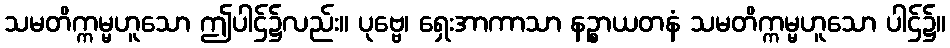
သမတိက္ကမ္မဟူသော ဤပါဌ်၌လည်း။ ပုဗ္ဗေ၊ ရှေးအာကာသာ နဉ္စာယတနံ သမတိက္ကမ္မဟူသော ပါဌ်၌။